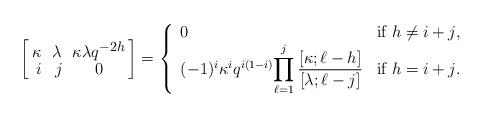
LaTeX: \begin{align*}\begin{Large}\left[\begin{smallmatrix}\kappa \; &\lambda \; &\kappa\lambda q^{-2h}\\i &j &0\end{smallmatrix}\right]\end{Large}=\left\{\begin{array}{ll}0 &\hbox{if $h\not=i+j$},\\(-1)^i \kappa^i q^{i(1-i)}\displaystyle{\prod_{\ell=1}^{j}\frac{[\kappa;\ell-h]}{[\lambda;\ell-j]}}&\hbox{if $h=i+j$}.\end{array}\right.\end{align*}